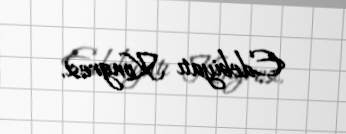
Edebiyatı Kongresi.